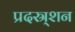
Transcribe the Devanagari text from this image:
प्रदस्र्शन